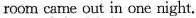
room came out in one night.